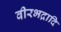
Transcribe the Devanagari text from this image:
वीरभद्रादि